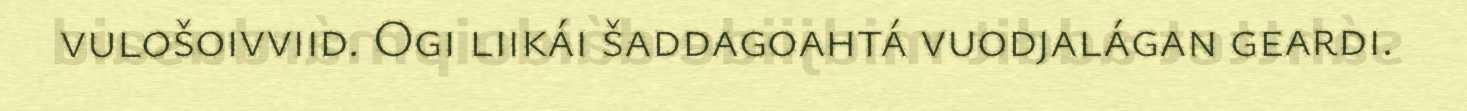
vulošoivviid. Ogi liikái šaddagoahtá vuodjalágan geardi.